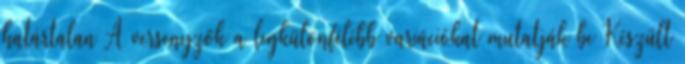
határtalan A versenyzők a legkülönfélébb variációkat mutatják be Készült